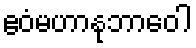
ဧဝံမဟာနုဘာဝေါ